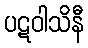
ပဋဝါသိနီ